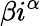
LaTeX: \beta i^{\alpha}